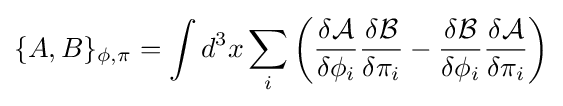
\{A,B\}_{\phi ,\pi }=\int d^{3}x\sum _{i}\left({\frac {\delta {\mathcal {A}}}{\delta \phi _{i}}}{\frac {\delta {\mathcal {B}}}{\delta \pi _{i}}}-{\frac {\delta {\mathcal {B}}}{\delta \phi _{i}}}{\frac {\delta {\mathcal {A}}}{\delta \pi _{i}}}\right)